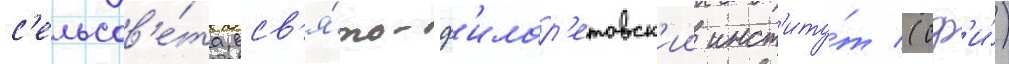
с'ельсов'е́та. св'я́то-ф'илар'етовск'ии инст'иту́т (сф'и́)